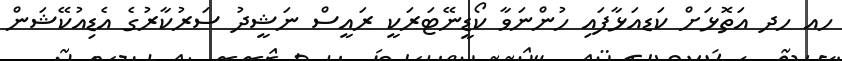
ހއ ހދ އަތޮޅަށް ކަޑއަޅާފައި ހުންނަވާ ކޯޑީނޭޓަރަކީ ރައީސް ނަޝީދު ސަރުކާރުގެ އެޑިއުކޭޝަން